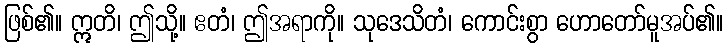
ဖြစ်၏။ ဣတိ၊ ဤသို့။ ဧတံ၊ ဤအရာကို။ သုဒေသိတံ၊ ကောင်းစွာ ဟောတော်မူအပ်၏။